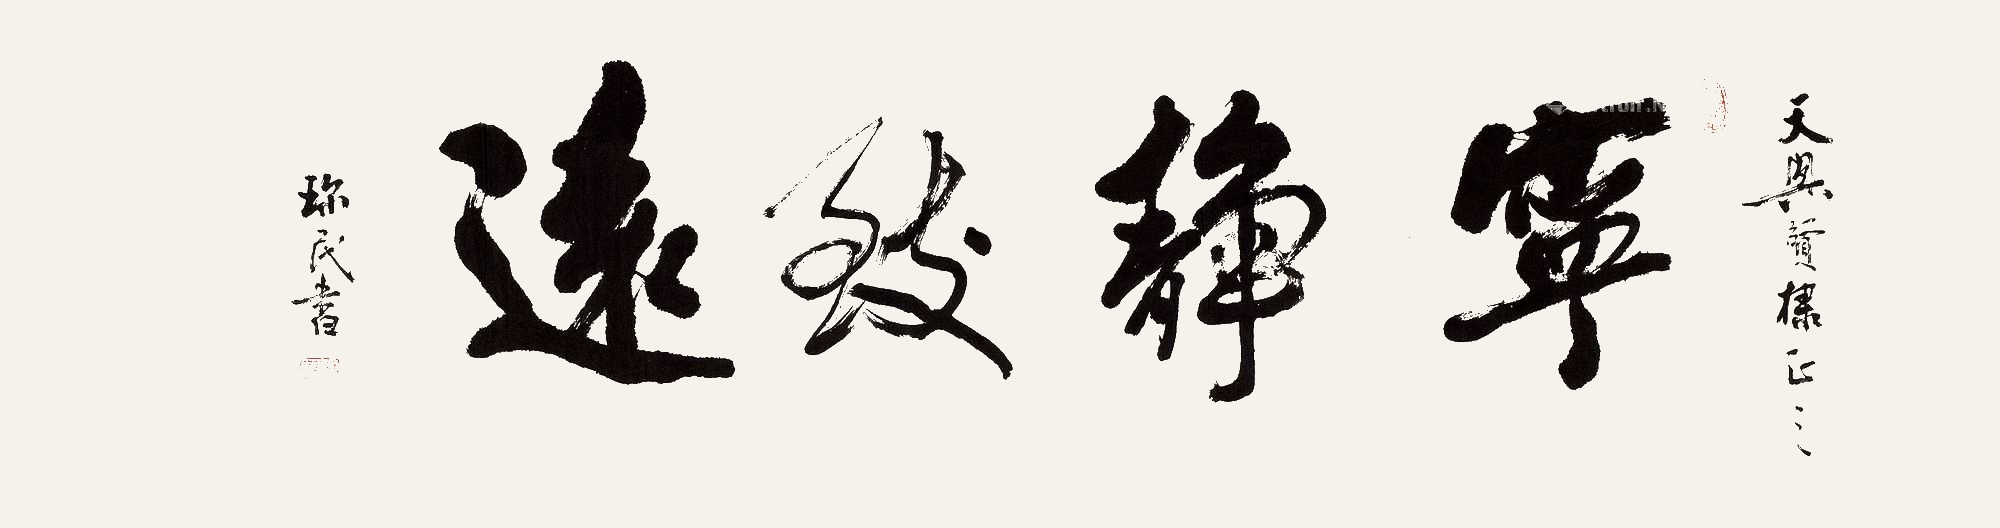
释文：宁静致远。天兴贤棣正之。珍民书。